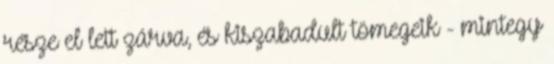
része el lett zárva, és kiszabadult tömegeik - mintegy